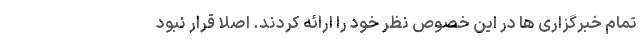
تمام خبرگزاری ها در این خصوص نظر خود را ارائه کردند. اصلا قرار نبود